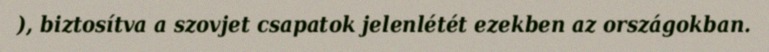
), biztosítva a szovjet csapatok jelenlétét ezekben az országokban.